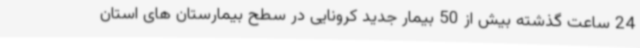
24 ساعت گذشته بیش از 50 بیمار جدید کرونایی در سطح بیمارستان های استان